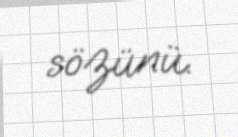
sözünü.